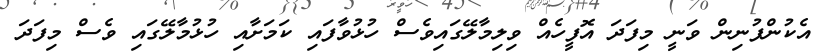
އެކުންފުނިން ވަނީ މިފަދަ އޮފީހެއް ވިލިމާލޭގައިވެސް ހުޅުވާފައި ކަމަށާއި ހުޅުމާލޭގައި ވެސް މިފަދަ